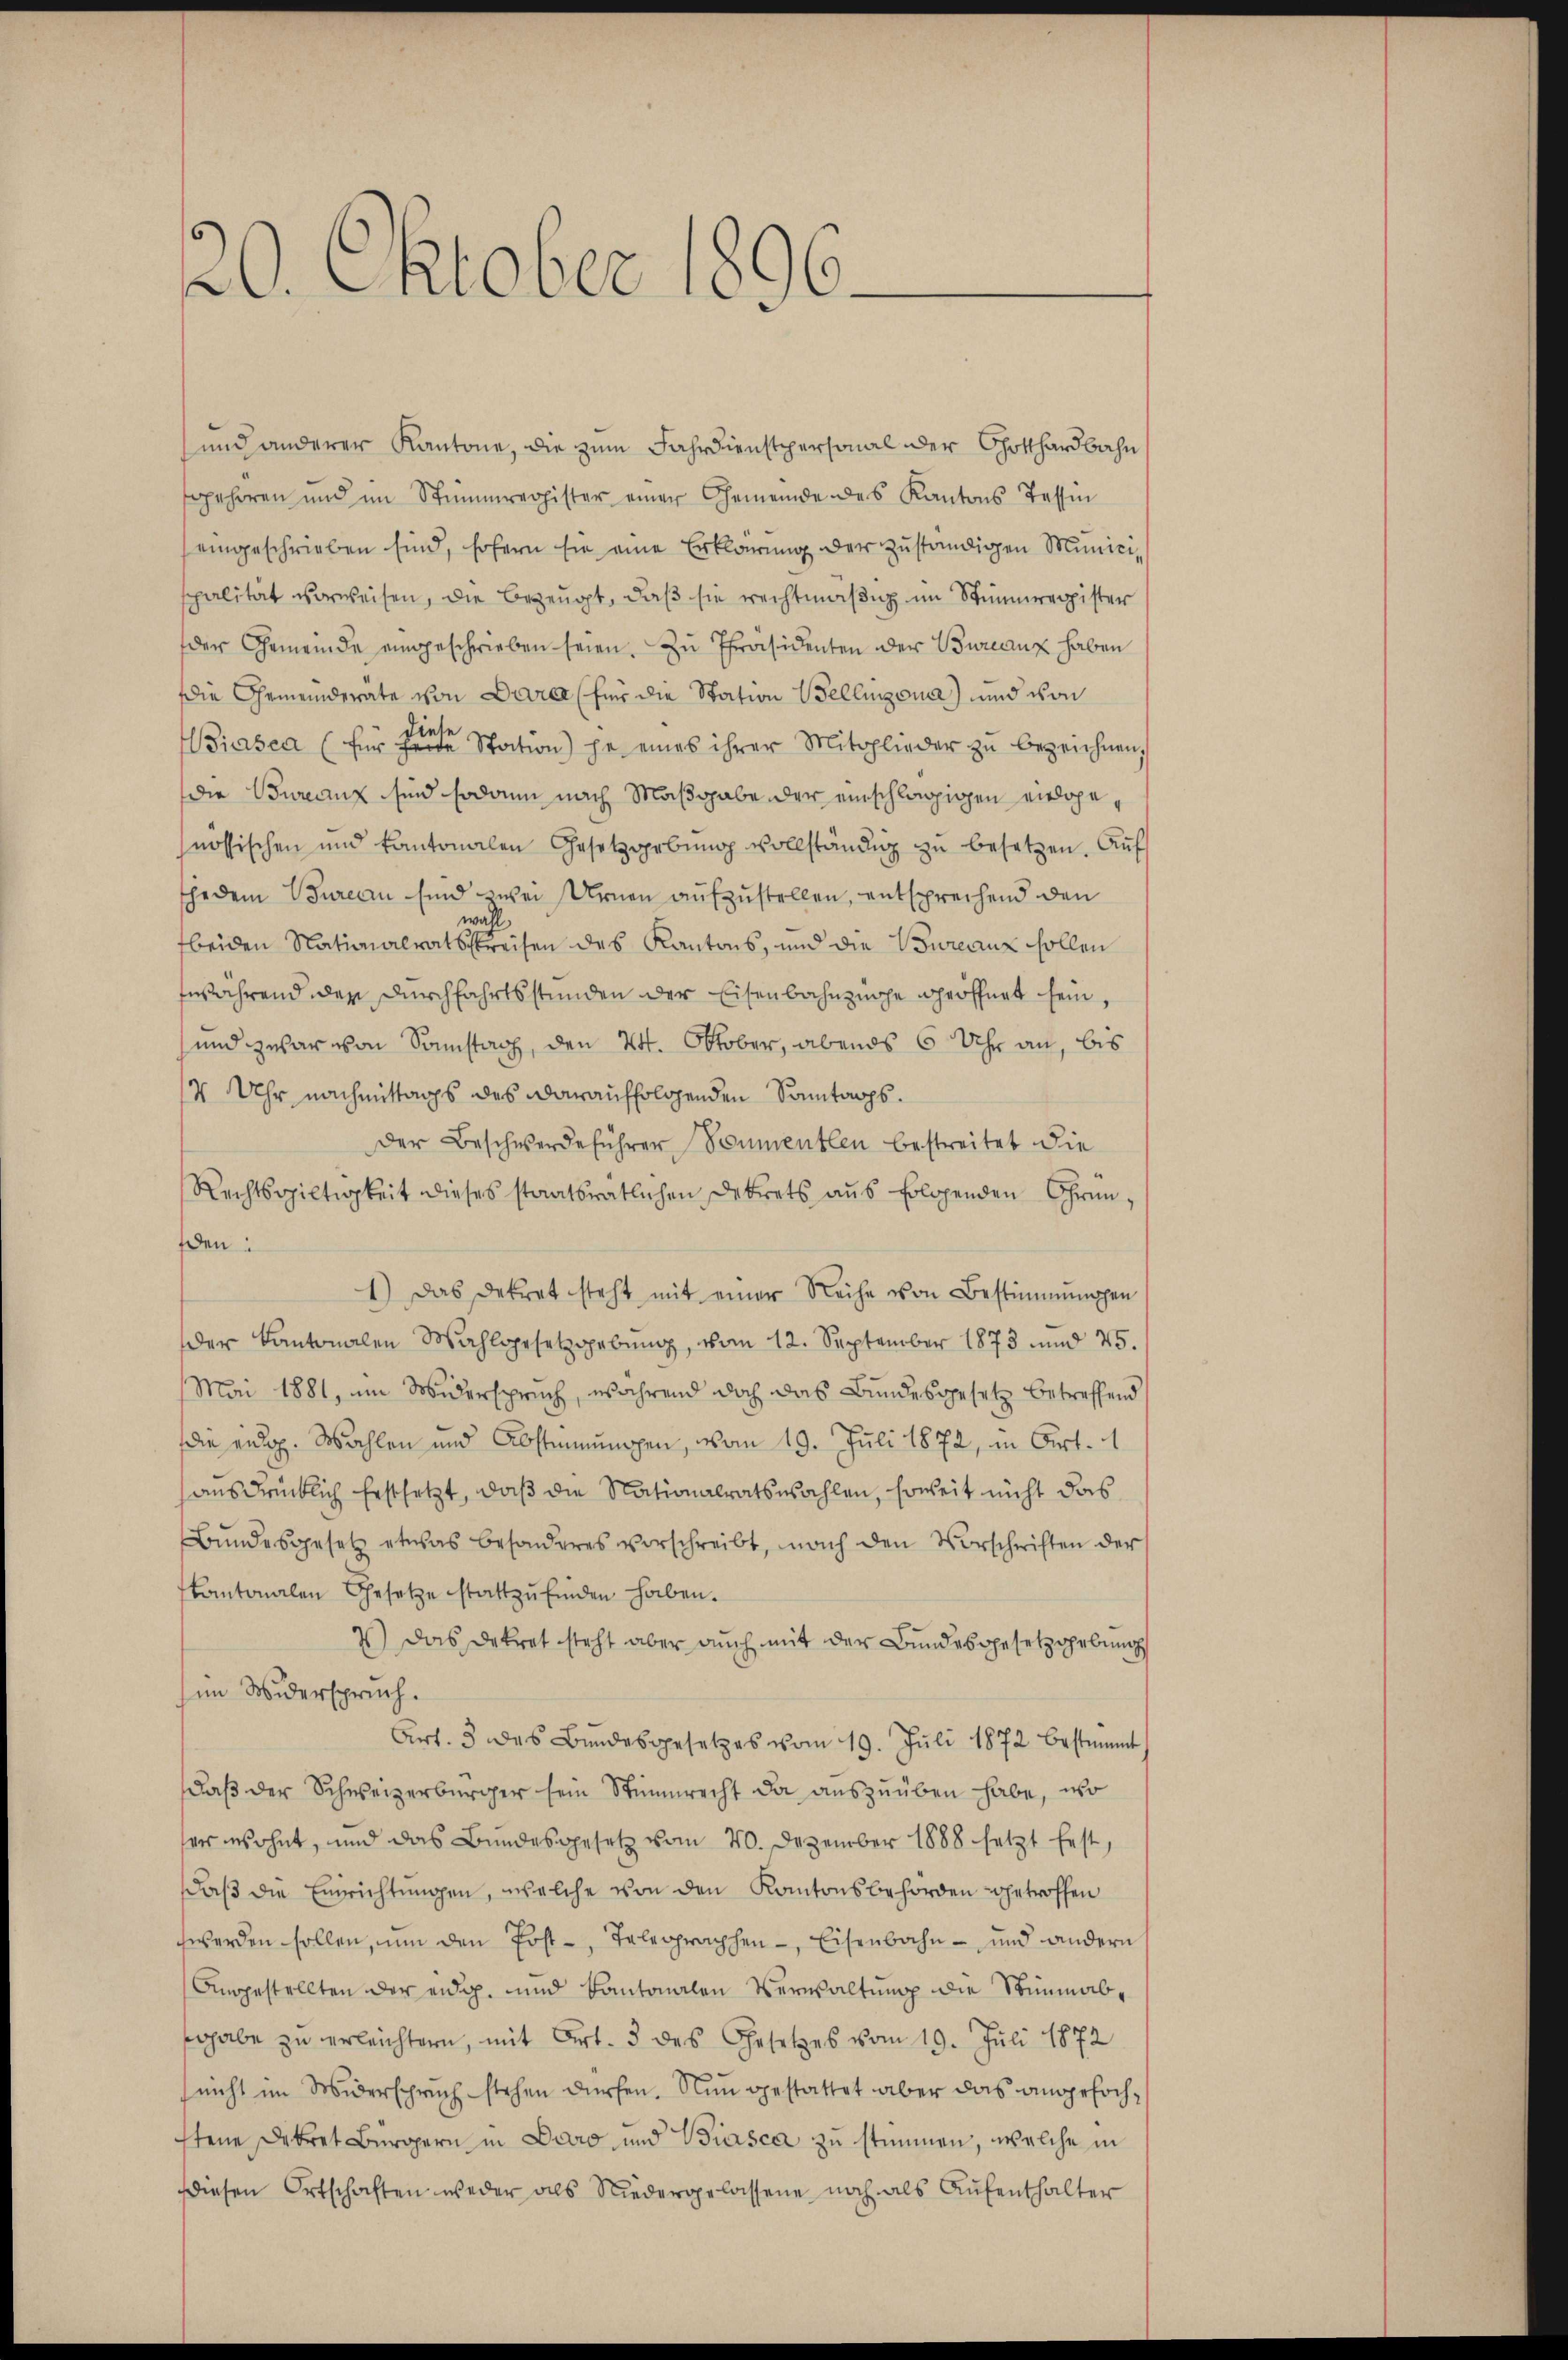
20. Oktober 1896.

und anderer Kantone, die zum Jahrdienstpersonal der Gotthardbahn
sgeheren und im Stimmregister einer Gemeinde des Kantons Tessin
eingeschrieben sind, sofern sie eine Erklärung der zuständigen Municispalität vorweisen, die bezeugt, daß sie rechtmäßig im Stimmregister
der Gemeinde eingeschrieben seien. Zu Präsidenten der Burcanz haben
Die Gemeinderate von Dara (für die Station Wellinzona) und von
Biasca (für eine Station) je eines ihrer Mitglieder zu bezeichnen,
die Bureanz sind sodann nach Maßgabe der einschlägigen einlage,
nössischen und kantonalen Gesetzgebŭng vollständig zu besetzen. Auf
Ehedem Bureau sind zwei Urnen aufzustellen, entsprechend den
wahl
fbeiden Nationalratspreisen des Kantons, und die Bureaux sollen
fwährend der Durchfahrtsstunden der Eisenbahnzüche geöffnet sein,
und zwar von Sonstag, den 24. Oktober, abends 6 Uhr an, bis
4 Uhr nachmittags des darauffolgenden Sonntags.
Der Beschwerdeführer Baumentlen bestreitet die
Rechtsgültigkeit dieses staatsrätlichen Dekrets aus folgenden Gründen:
1.) Das Dekret steht mit einer Reihe von Bestimmungen
der Kantonalen Wahlgesetzgebung, vom 12. September 1873 und 45.
Mai 1881, im Widerspruch, während doch das Bundesgesetz betreffend
die eidg. Wahlen und Abstimmungen, vom 19. Juli 1872, in Art. 1
ausdrücklich erstsetzt, daß die Nationalratswahlen, soweit nicht das
Bŭndesgesetz etwas besonderes vorschreibt, nach den Vorschriften der
kantonalen Gesetze stattzŭfinden haben.
2) Das Dekret steht aber auch mit der Bundesgesetzgebung
im Widerspruch.
Art. 3 des Bŭndesgesetzes vom 19. Jŭli 1872 bestimmt
daβ der Schweizerbürger sein Stimmrecht da aŭszŭüben habe, wo
er wohnt, und das Bundesgesetz vom 20. Dezember 1888 setzt fest,
daß die Einsichtungen, welche von den Kantonsbehörden getroffen
werden sollen, ŭm den Post-, Telegraphen-, Eisenbahn- und andern
Angestellten der eidg. und Kantonalen Verwaltung die Stimmabsohabe zu verleichtern, mit Art. 3 des Gesetzes vom 19. Juli 1872
(nicht im Widerspruch stehen dürfen. Nun gestattet aber das angefochtene Dekret Beropern in Daro und Biasca zu stimmen, welche in
Diesen Ortschaften weder als Niedergelassene noch als Aŭfenthalter